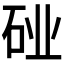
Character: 𬒆